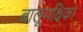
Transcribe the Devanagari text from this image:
बालूमक्षिका